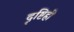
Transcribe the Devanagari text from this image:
दृष्टिही